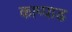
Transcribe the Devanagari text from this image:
काप्पाड